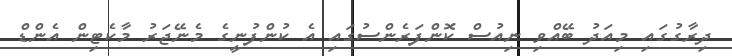
ދިރާގުގައި މިއަދު ބޭއްވި ނިއުސް ކޮންފަރެންސުގައި އެ ކުންފުނީގެ މެނޭޖަރު މާކެޓިން އެންޑް